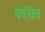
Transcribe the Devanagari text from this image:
पंचीकेत